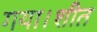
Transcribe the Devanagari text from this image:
गया।शीत